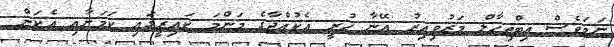
ނަމަވެސް އިބްތިހާލް މަރުވިއިރު އޭނާ ހުރީ އެކުއްޖާގެ މަންމަ ކައިރީގައި ކަމަށާއި އެކަން